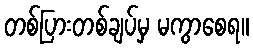
တစ်ပြားတစ်ချပ်မှ မကွာစေရ။